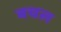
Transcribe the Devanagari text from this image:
बचल